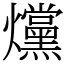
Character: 爣